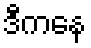
ဒီကနေ